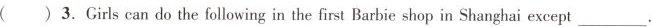
( )3.Girls can do the following in the first Barbie shop in Shanghai except ___.